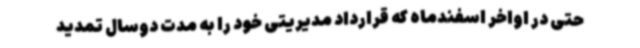
حتی در اواخر اسفندماه که قرارداد مدیریتی خود را به مدت دوسال تمدید